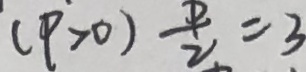
( P > 0 ) \frac { P } { 2 } = 3